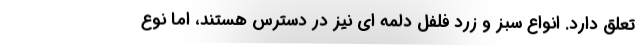
تعلق دارد. انواع سبز و زرد فلفل دلمه ای نیز در دسترس هستند، اما نوع